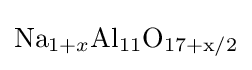
{\mathrm {Na} {\vphantom {A}}_{\smash[{t}]{1+x}}\mathrm {Al} {\vphantom {A}}_{\smash[{t}]{11}}\mathrm {O} {\vphantom {A}}_{\smash[{t}]{17+\mathrm {x} /2}}}